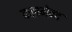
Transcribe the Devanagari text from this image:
कलगेन्द